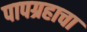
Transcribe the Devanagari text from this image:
पापग्रहाचा